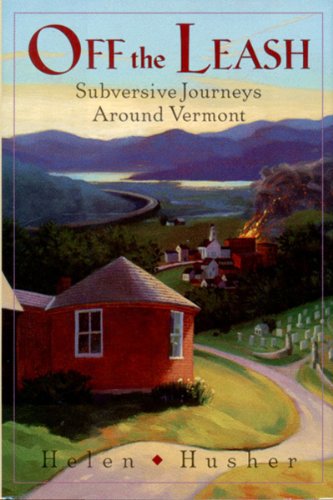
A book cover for Off the Leash: Subversive Journeys Around Vermont; Helen Husher; Travel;